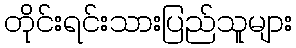
တိုင်းရင်းသားပြည်သူများ